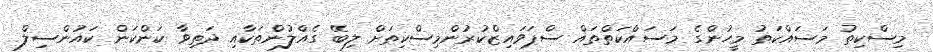
މިސްކިތު މަސައްކަތު މީހުންގެ މަސައްކަތްތައް ސްޕަވައިޒްކުރުންމިސްކިތަށް ލިބޭ ގެއްލުންތަކާއި ދަތިވާ ކަންކަން ކައުންސިލް